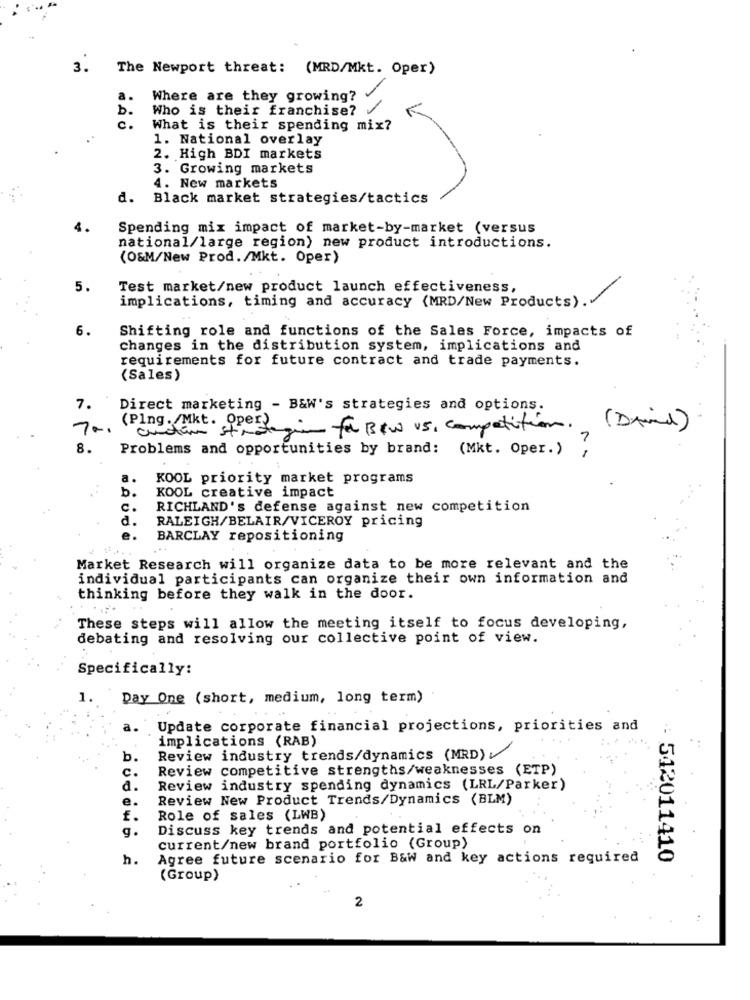
3.
The Newport threat: (MRD/Mkt. Oper)
a.
Where are they growing?
b.
Who is their franchise?
c.
What is their spending mix?
1. National overlay
2. High BDI markets
3. Growing markets
4. New markets
d. Black market strategies/tactics
Spending mix impact of market-by-market (versus
national/large region) new product introductions.
(O&M/New Prod./Mkt. Oper)
5.
Test market/new product launch effectiveness,
implications, timing and accuracy (MRD/New Products).
6.
Shifting role and functions of the Sales Force, impacts of
changes in the distribution system, implications and
requirements for future contract and trade payments.
(Sales)
7.
Direct marketing - B&W's strategies and options.
(Ping./Mkt. Oper)
curtin strategien für BeW us, competition.
(David)
8.
Problems and opportunities by brand: (Mkt. Oper.)
a.
KOOL priority market programs
b.
KOOL creative impact
C.
RICHLAND's defense against new competition
d.
RALEIGH/BELAIR/VICEROY pricing
e.
BARCLAY repositioning
Market Research will organize data to be more relevant and the
individual participants can organize their own information and
thinking before they walk in the door.
These steps will allow the meeting itself to focus developing,
debating and resolving our collective point of view.
Specifically:
1.
Day One (short, medium, long term)
a.
Update corporate financial projections, priorities and
implications (RAB)
...
b.
Review industry trends/dynamics (MRD)
Review competitive strengths/weaknesses (ETP)
a.
Review industry spending dynamics (LRL/Parker)
e.
Review New Product Trends/Dynamics (BLM)
£.
Role of sales (LWB)
Discuss key trends and potential effects on
g.
current/new brand portfolio (Group)
h.
Agree future scenario for B&W and key actions required
.: 542011410
(Group)
2